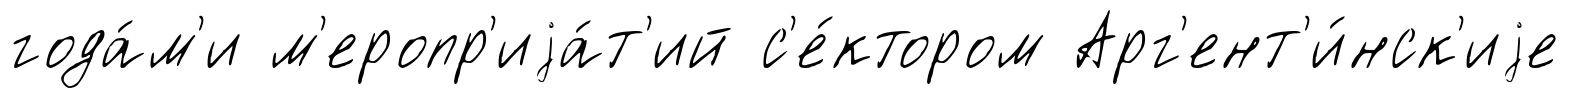
года́м'и м'еропр'иjа́т'ий с'е́ктором Арг'ент'и́нск'иjе